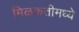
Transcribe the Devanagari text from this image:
मिळकतीमध्ये